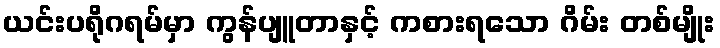
ယင်းပရိုဂရမ်မှာ ကွန်ပျူတာနှင့် ကစားရသော ဂိမ်း တစ်မျိုး